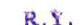
R.Y.